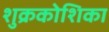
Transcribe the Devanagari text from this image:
शुक्रकोशिका